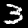
Digit: 3